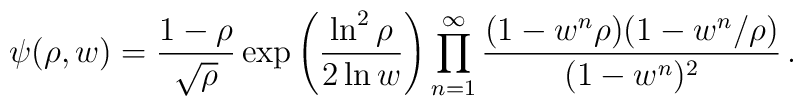
\psi(\rho,w)= {1-\rho\over\sqrt\rho}\exp\left({\ln^2\rho\over2\ln w}\right)\prod_{n=1}^\infty{(1-w^n\rho)(1-w^n/\rho)\over(1-w^n)^2}\,.